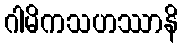
ဂါမိကသဟဿာနိ